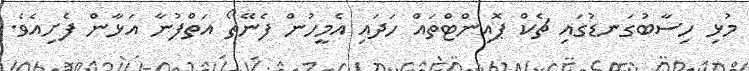
މުޅި ހިސާބުގަނޑުގައި ޗެކް ޕޮއިންޓްތައް ހަދައި އެމީހުން ފެނޭތޯ އަތްފުނާ އަޅާން ފެށިއެވެ.